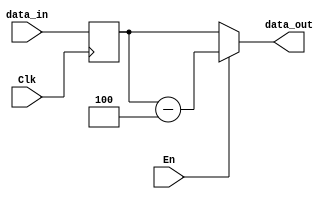
`timescale 1ns / 1ps
//////////////////////////////////////////////////////////////////////////////////
// Company: 
// Engineer: 
// 
// Design Name: 
// Module Name: PC
// Project Name: 
// Target Devices: 
// Tool Versions: 
// Description: 
// 
// Dependencies: 
// 
// Revision:
// Revision 0.01 - File Created
// Additional Comments:
// 
//////////////////////////////////////////////////////////////////////////////////


module PC(
    input Clk,
    input En,
    input [31:0] data_in,
    output [31:0] data_out
    );
    
    reg [31:0] data = 32'b0;
    
    always @(posedge Clk) begin
        data<=data_in;       //enable,input
    end
    function [31:0] data_sub;
        input En;
        input [31:0] data;
            case(En)
                1:data_sub = data - 4;
                default:data_sub = data;
            endcase
    endfunction
    assign data_out = data_sub(En,data);
//    assign data_out = data;
endmodule